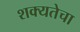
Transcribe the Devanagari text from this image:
शक्यतेचा